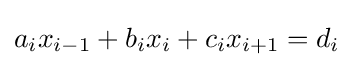
a_{i}x_{i-1}+b_{i}x_{i}+c_{i}x_{i+1}=d_{i}